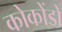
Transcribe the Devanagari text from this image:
कोकोंडो